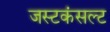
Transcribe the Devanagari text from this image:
जस्टकंसल्ट